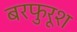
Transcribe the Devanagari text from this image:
बरफुरूश